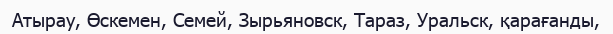
Атырау, Өскемен, Семей, Зырьяновск, Тараз, Уральск, қарағанды,